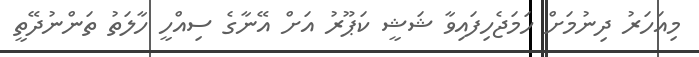
މިއަހަރު ދިނުމަށް ހަމަޖެހިފައިވާ ޝަޝީ ކަޕޫރު އަށް އޭނާގެ ސިއްހީ ހާލަތު ތަންނުދޭތީ